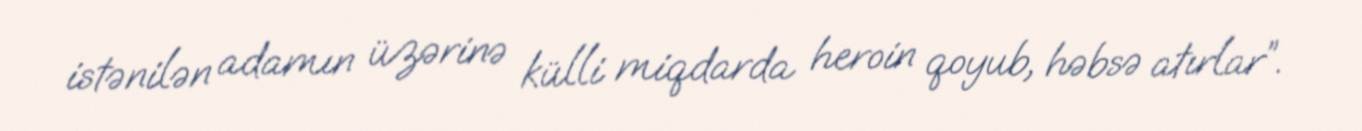
istənilən adamın üzərinə külli miqdarda heroin qoyub, həbsə atırlar”.